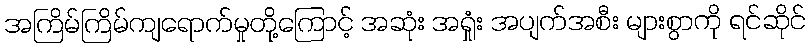
အကြိမ်ကြိမ်ကျရောက်မှုတို့ကြောင့် အဆုံး အရှုံး အပျက်အစီး များစွာကို ရင်ဆိုင်